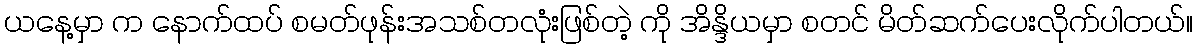
ယနေ့မှာ က နောက်ထပ် စမတ်ဖုန်းအသစ်တလုံးဖြစ်တဲ့ ကို အိန္ဒိယမှာ စတင် မိတ်ဆက်ပေးလိုက်ပါတယ်။